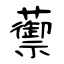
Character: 蘌